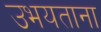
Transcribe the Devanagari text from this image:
उभयताना